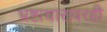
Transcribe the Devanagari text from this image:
भ्रष्टाचारावरही